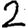
Digit: 2